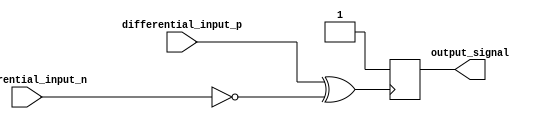
module ECL_buffer(
    input wire differential_input_p,
    input wire differential_input_n,
    output reg output_signal
);

// Differential input stage
assign input_buffer = differential_input_p ^ ~differential_input_n;

// Biasing circuitry
reg bias = 1'b1;

// Output stage
always @ (posedge input_buffer)
begin
    if (bias)
    begin
        output_signal <= 1'b1;
    end
    else
    begin
        output_signal <= 1'b0;
    end
end

// Protection circuitry
always @ (posedge differential_input_p or negedge differential_input_n)
begin
    if (differential_input_p || differential_input_n)
    begin
        // handle excessive input voltage levels
    end
end

endmodule